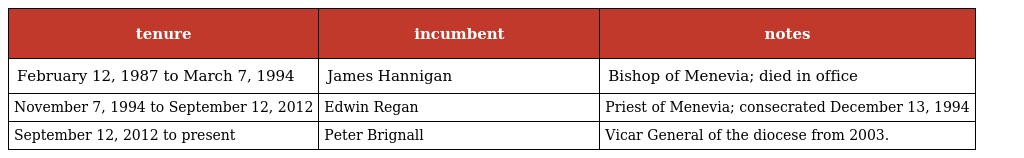
| tenure | incumbent | notes |
 | --- | --- | --- |
 | February 12, 1987 to March 7, 1994 | James Hannigan | Bishop of Menevia; died in office |
 | November 7, 1994 to September 12, 2012 | Edwin Regan | Priest of Menevia; consecrated December 13, 1994 |
 | September 12, 2012 to present | Peter Brignall | Vicar General of the diocese from 2003. |